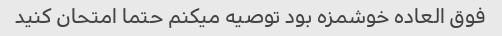
فوق العاده خوشمزه بود توصیه میکنم حتما امتحان کنید